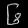
Digit: ၆